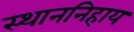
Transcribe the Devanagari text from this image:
स्थाननिहाय